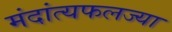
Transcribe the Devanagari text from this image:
मंदांत्यफलज्या